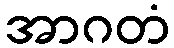
အာဂတံ